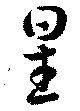
星